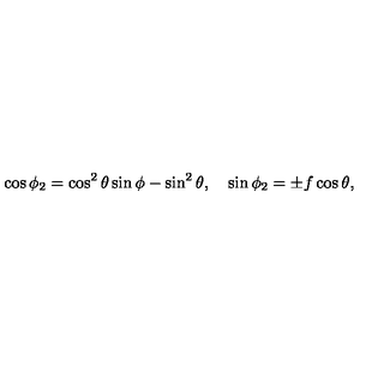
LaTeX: \cos { \phi _ { 2 } } = \cos ^ { 2 } { \theta } \sin { \phi } - \sin ^ { 2 } { \theta } , \quad \sin { \phi _ { 2 } } = \pm f \cos { \theta } ,